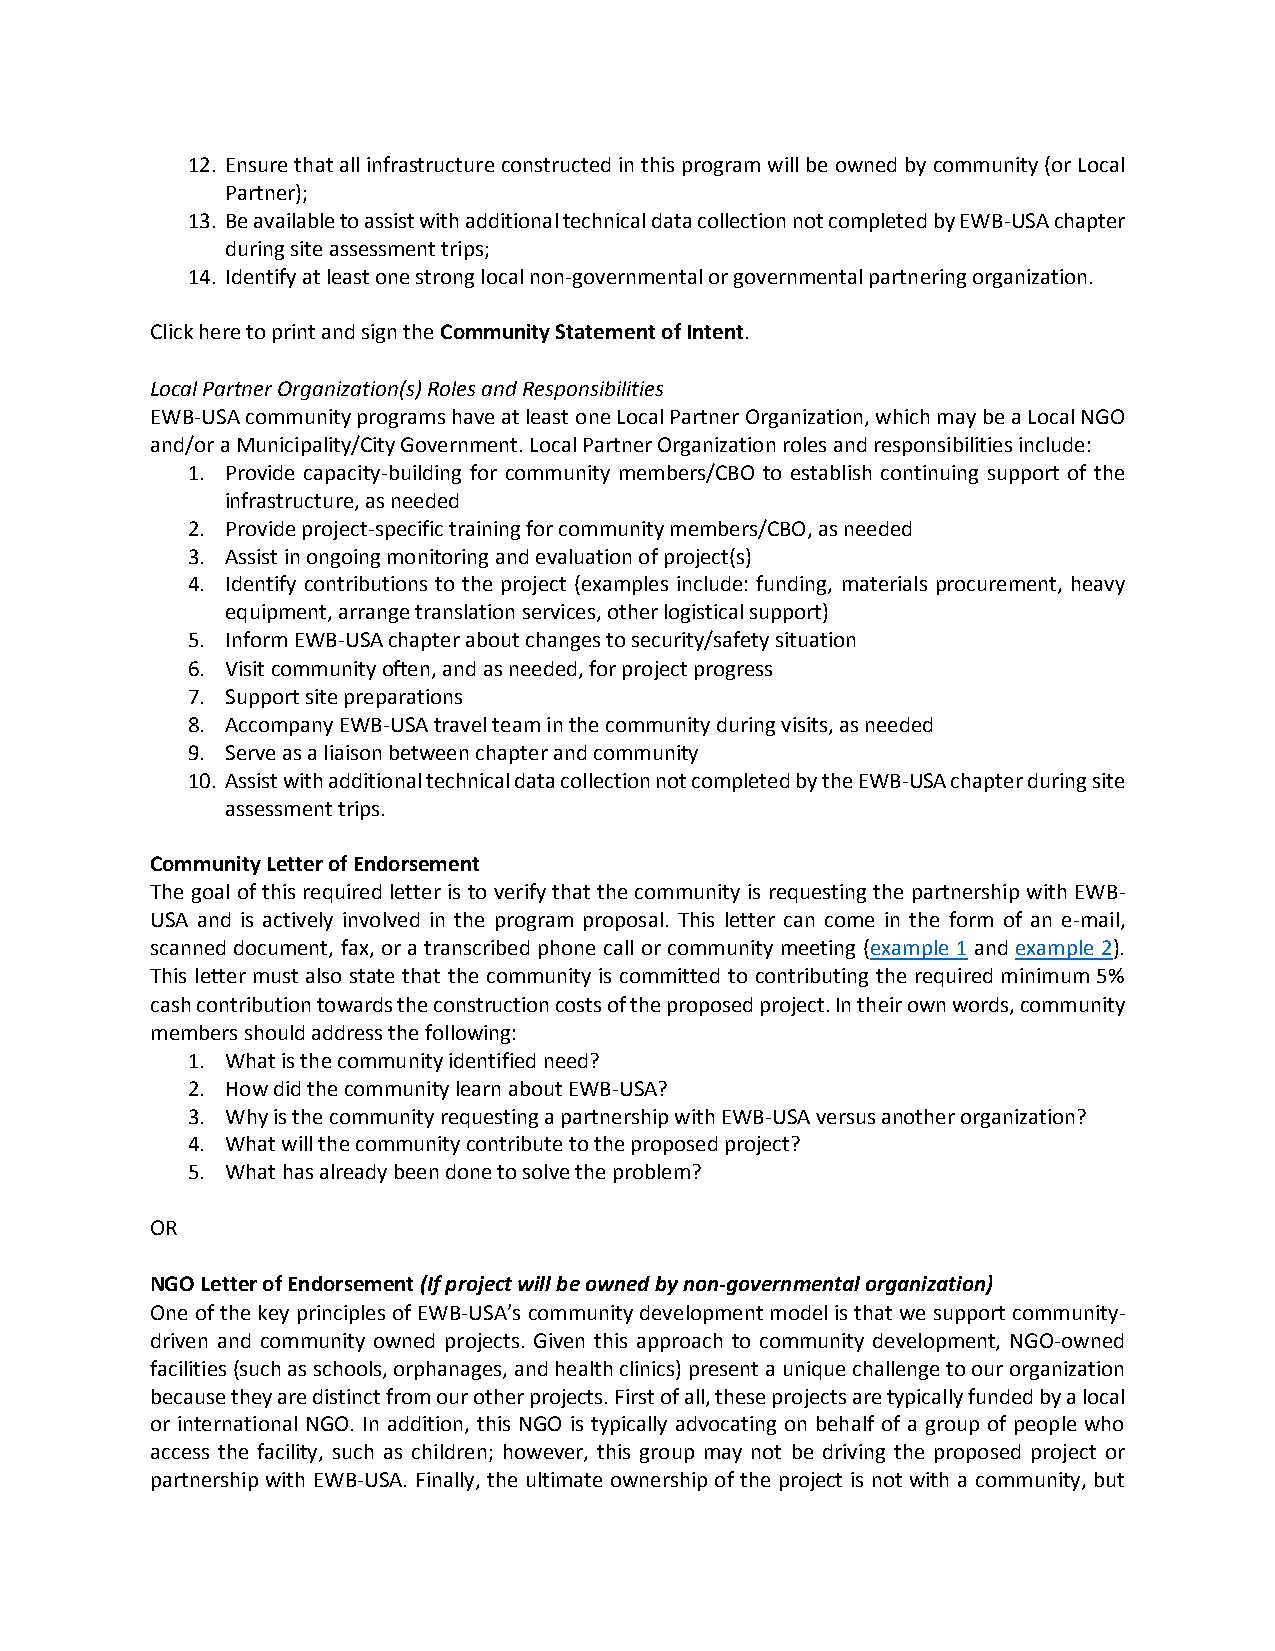
12. Ensure that all infrastructure constructed in this program will be owned by community (or Local
 Partner);
 13. Be available to assist with additional technical data collection not completed by EWB-USA chapter
 during site assessment trips;
 14. Identify at least one strong local non-governmental or governmental partnering organization.
 Click here to print and sign the Community Statement of Intent.
 Local Partner Organization(s) Roles and Responsibilities
 EWB-USA community programs have at least one Local Partner Organization, which may be a Local NGO
 and/or a Municipality/City Government. Local Partner Organization roles and responsibilities include:
 1. Provide capacity-building for community members/CBO to establish continuing support of the
 infrastructure, as needed
 2. Provide project-specific training for community members/CBO, as needed
 3. Assist in ongoing monitoring and evaluation of project(s)
 4. Identify contributions to the project (examples include: funding, materials procurement, heavy
 equipment, arrange translation services, other logistical support)
 5. Inform EWB-USA chapter about changes to security/safety situation
 6. Visit community often, and as needed, for project progress
 7. Support site preparations
 8. Accompany EWB-USA travel team in the community during visits, as needed
 9. Serve as a liaison between chapter and community
 10. Assist with additional technical data collection not completed by the EWB-USA chapter during site
 assessment trips.
 Community Letter of Endorsement
 The goal of this required letter is to verify that the community is requesting the partnership with EWB-
 USA and is actively involved in the program proposal. This letter can come in the form of an e-mail,
 scanned document, fax, or a transcribed phone call or community meeting (example 1 and example 2).
 This letter must also state that the community is committed to contributing the required minimum 5%
 cash contribution towards the construction costs of the proposed project. In their own words, community
 members should address the following:
 1. What is the community identified need?
 2. How did the community learn about EWB-USA?
 3. Why is the community requesting a partnership with EWB-USA versus another organization?
 4. What will the community contribute to the proposed project?
 5. What has already been done to solve the problem?
 OR
 NGO Letter of Endorsement (If project will be owned by non-governmental organization)
 One of the key principles of EWB-USA’s community development model is that we support community-
 driven and community owned projects. Given this approach to community development, NGO-owned
 facilities (such as schools, orphanages, and health clinics) present a unique challenge to our organization
 because they are distinct from our other projects. First of all, these projects are typically funded by a local
 or international NGO. In addition, this NGO is typically advocating on behalf of a group of people who
 access the facility, such as children; however, this group may not be driving the proposed project or
 partnership with EWB-USA. Finally, the ultimate ownership of the project is not with a community, but